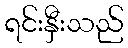
ရင်းနှီးသည်